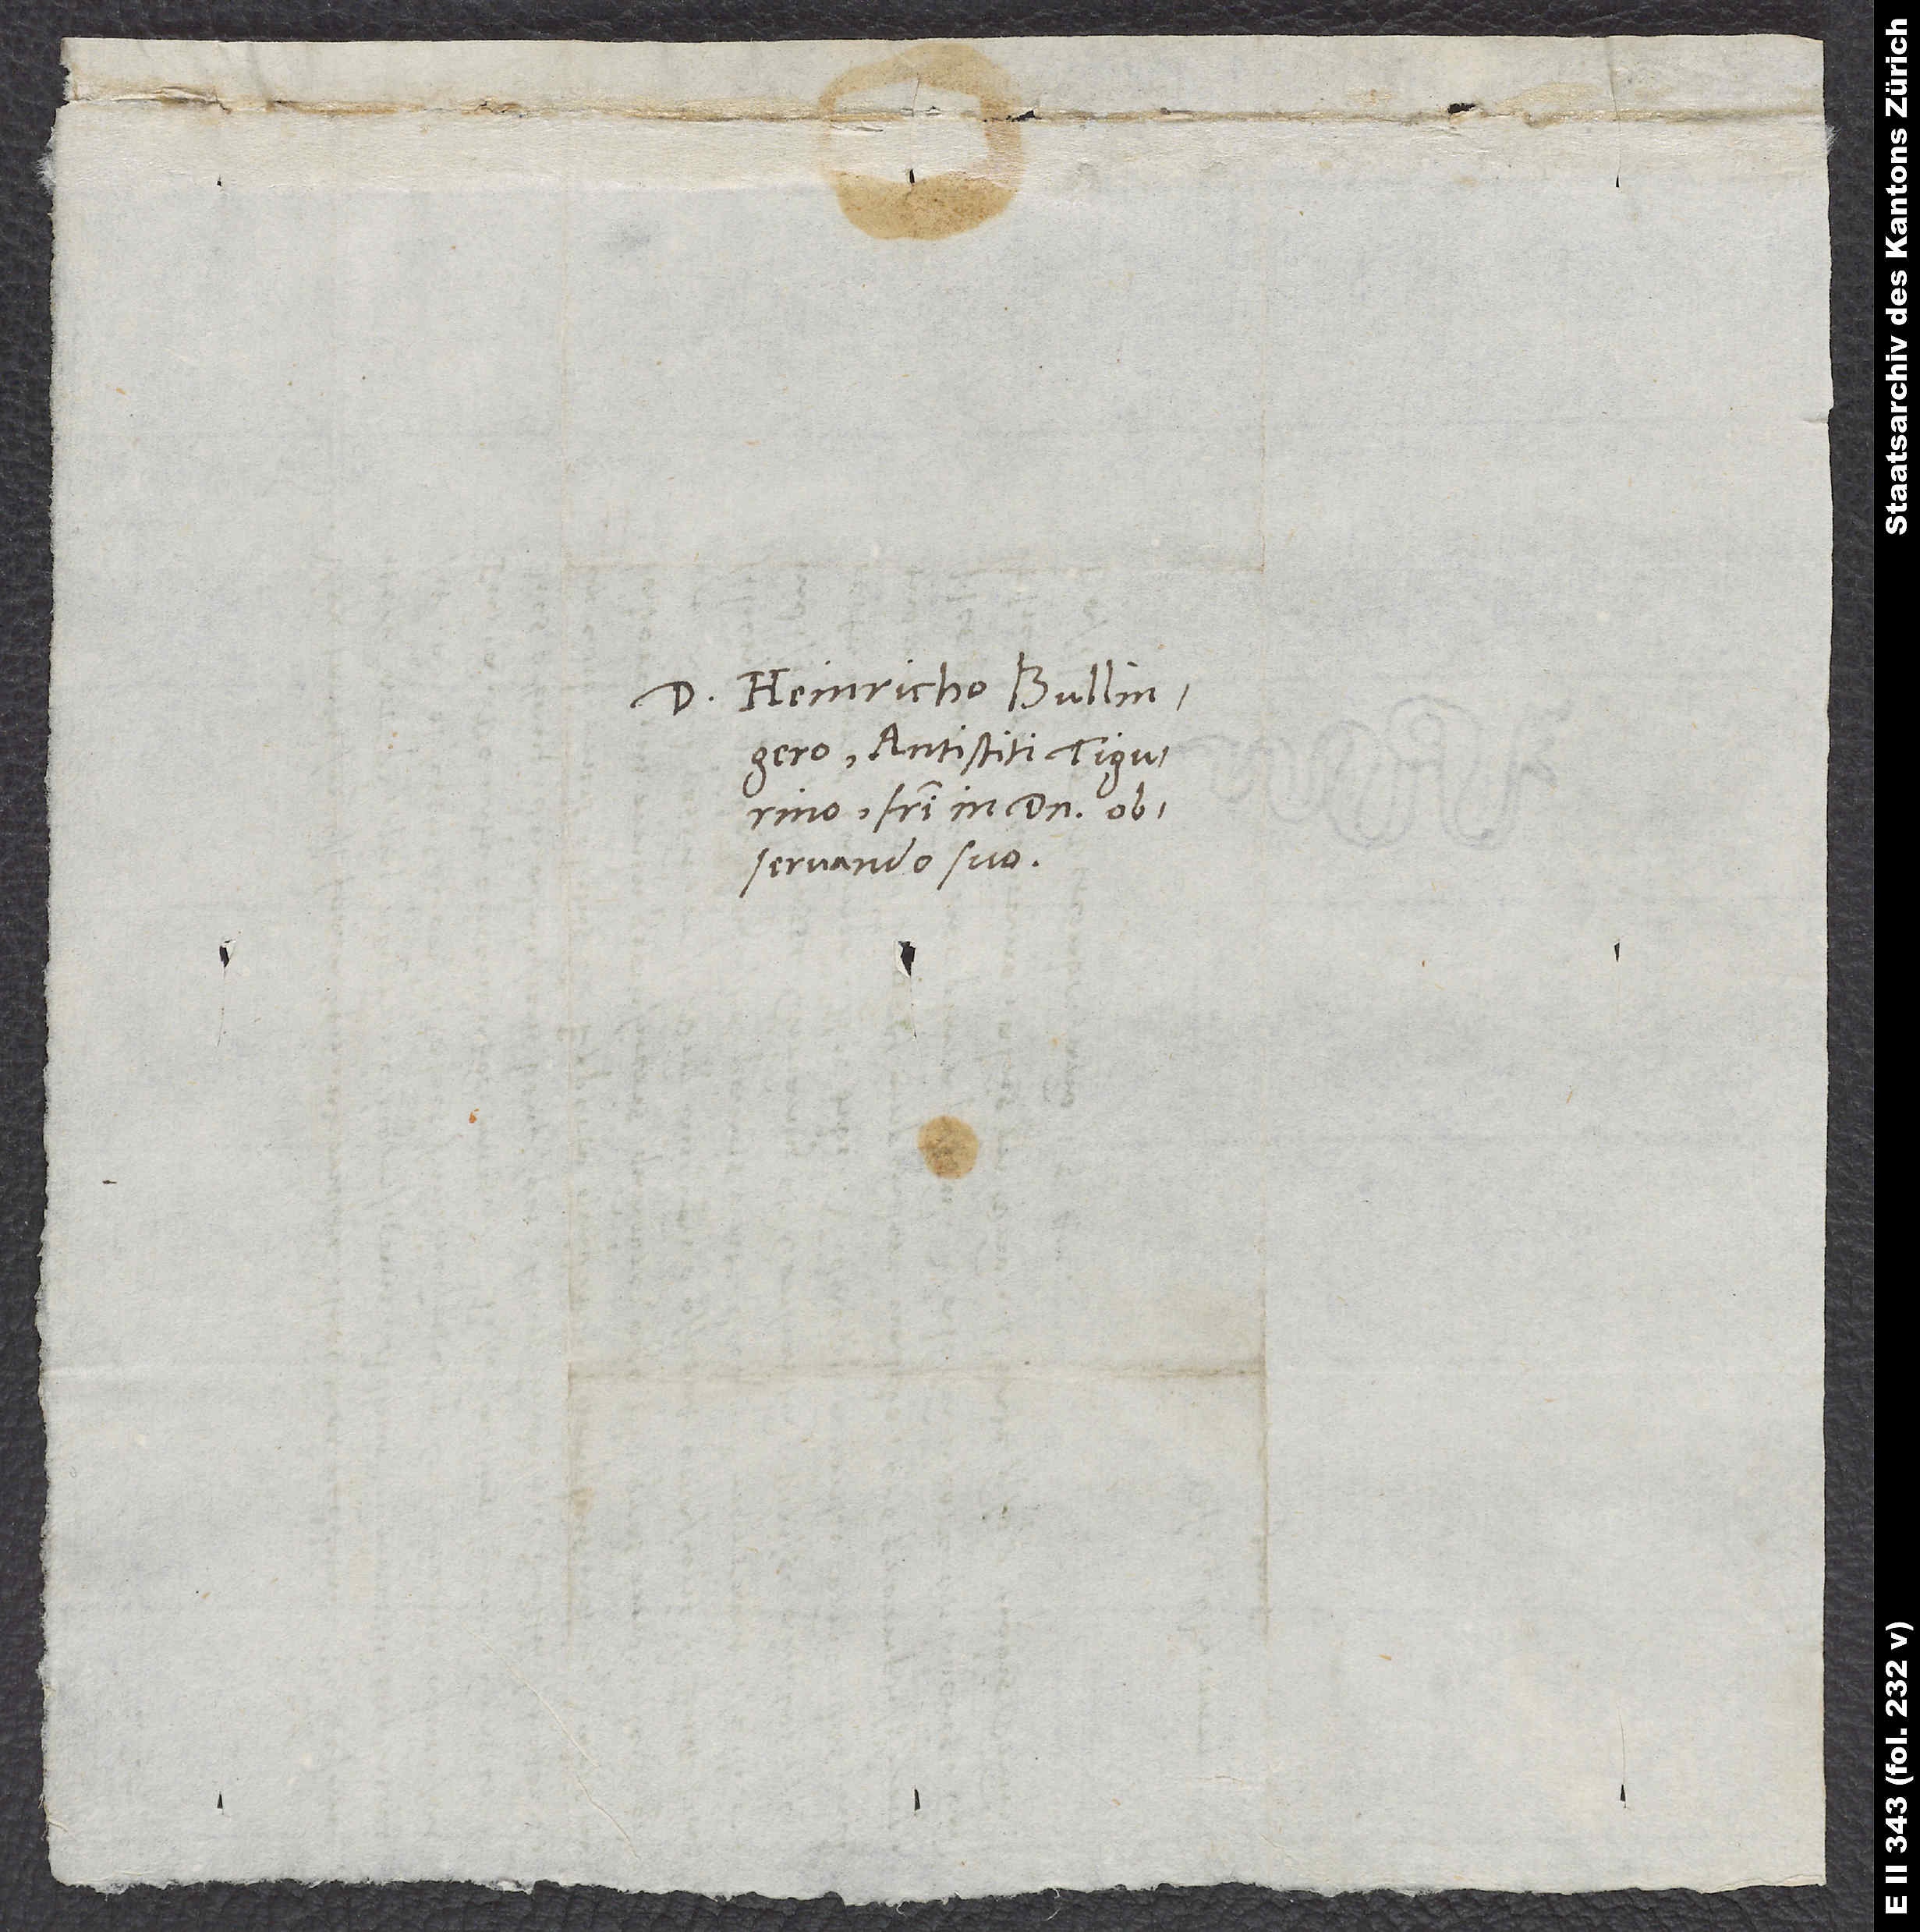
Domino Heinricho Bullingero,
antistiti Tigurino,
fratri in domino
observando suo.